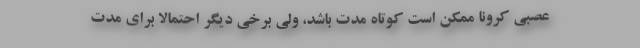
عصبی کرونا ممکن است کوتاه مدت باشد، ولی برخی دیگر احتمالا برای مدت